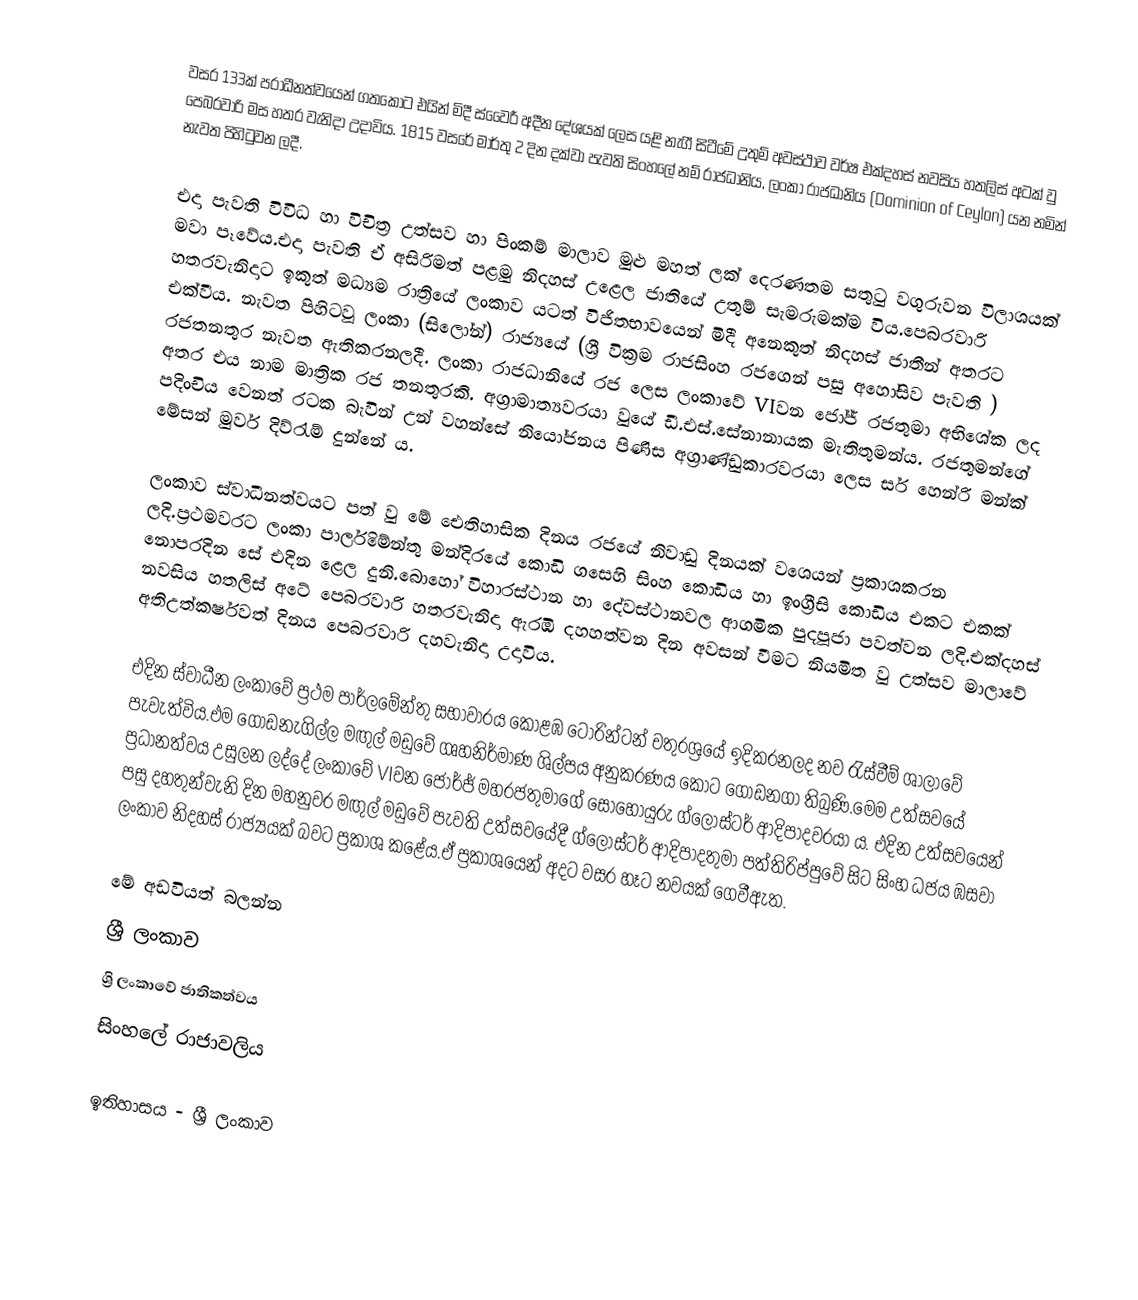
වසර 133ක් පරාධීනත්වයෙන් ගතකොට එයින් මිදී ස්වෛරී අදීන දේශයක් ලෙස යළි නැගී සිටීමේ උතුම් අවස්ථාව වර්ෂ එක්දහස් නවසිය හතලිස් අටක් වු පෙබරවාරි මස හතර වැනිදා උදාවිය. 1815 වසරේ මාර්තු 2 දින දක්වා පැවති සිංහලේ නම් රාජධානිය, ලංකා රාජධානිය (Dominion of Ceylon) යන නමින් නැවත පිහිටුවන ලදී.

එදා පැවති විවිධ හා විචිත්‍ර උත්සව හා පිංකම් මාලාව මුළු මහත් ලක් දෙරණතම සතුටු වගුරුවන විලාශයක් මවා පෑවේය.එදා පැවති ඒ අසිරිමත් පළමු නිදහස් උළෙල ජාතියේ උතුම් සැමරුමක්ම විය.පෙබරවාරි හතරවැනිදාට ඉකුත් මධ්‍යම රාත්‍රියේ ලංකාව යටත් විජිතභාවයෙන් මිදී  අනෙකුත් නිදහස් ජාතීන් අතරට එක්වීය. නැවත පිහිටවූ  ලංකා (සිලෝන්) රාජ්‍යයේ   (ශ්‍රී වික්‍රම රාජසිංහ රජගෙන් පසු අහෝසිව පැවති ) රජතනතුර නැවත ඇතිකරනලදී. ලංකා රාජධානියේ රජ ලෙස  ලංකාවේ VIවන ජෝජ් රජතුමා අභිශේක ලද අතර එය නාම මාත්‍රික රජ තනතුරකි. අග්‍රාමාත්‍යවරයා වුයේ ඩී.එස්.සේනානායක මැතිතුමන්ය. රජතුමන්ගේ පදිංචිය වෙනත් රටක බැවින් උන් වහන්සේ නියෝජනය පිණිස අග්‍රාණ්ඩුකාරවරයා ලෙස සර් හෙන්රි මන්ක් මේසන් මුවර් දිව්රැම් දුන්නේ ය.

ලංකාව ස්වාධීනත්වයට පත් වු මේ ඓතිහාසික දිනය රජයේ නිවාඩු දිනයක් වශෙයන් ප්‍රකාශකරන ලදි.ප්‍රථමවරට ලංකා පාර්ලිමේන්තු මන්දිරයේ කොඩි ගසෙහි සිංහ කොඩිය හා ඉංග්‍රීසි කොඩිය එකට එකක් නොපරදින‍ සේ එදින ළෙල දුනි.බොහෝ විහාරස්ථාන හා දේවස්ථානවල ආගමික පුදපූජා පවත්වන ලදි.එක්දහස් නවසිය හතලිස් අටේ පෙබරවාරි හතරවැනිදා ඇරඹී දහහත්වන දින අවසන් වීමට නියමිත වු උත්සව මාලාවේ අතිඋත්කර්ෂවත් දිනය පෙබරවාරි දහවැනිදා උදාවිය.

එදින ස්වාධීන ලංකාවේ ප්‍රථම පාර්ලමේන්තු  සභාවාරය කොළඹ ටොරින්ටන් චතුරශ්‍රයේ ඉදිකරනලද නව රැස්වීම් ශාලාවේ පැවැත්විය.එම ගොඩනැගිල්ල මඟුල් මඩුවේ ගෘහනිර්මාණ ශිල්පය අනුකරණය කොට ගොඩනගා තිබුණි.මෙම උත්සවයේ ප්‍රධානත්වය උසුලන ලද්දේ ලංකාවේ VIවන ජෝර්ජ් මහරජතුමාගේ සොහොයුරු ග්ලෝස්ටර් ආදිපාදවරයා ය. එදින උත්සවයෙන් පසු දහතුන්වැනි දින මහනුවර මඟුල් මඩුවේ පැවති උත්සවයේදී ග්ලෝස්ටර් ආදිපාදතුමා පත්තිරිප්පුවේ සිට සිංහ ධජය ඹසවා  ලංකාව නිදහස් රාජ්‍යයක් බවට ප්‍රකාශ කළේය.ඒ ප්‍රකාශයෙන් අදට වසර හෑට නවයක් ගෙවීඇත.

මේ අඩවියත් බලන්න
 ශ්‍රී ලංකාව
 ශ්‍රි ලංකාවේ ජාතිකත්වය
 සිංහලේ රාජාවලිය

ඉතිහාසය - ශ්‍රී ලංකාව